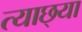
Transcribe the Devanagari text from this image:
त्याछ्या